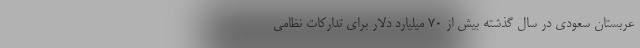
عربستان سعودی در سال گذشته بیش از ۷۰ میلیارد دلار برای تدارکات نظامی